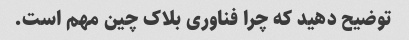
توضیح دهید که چرا فناوری بلاک چین مهم است.